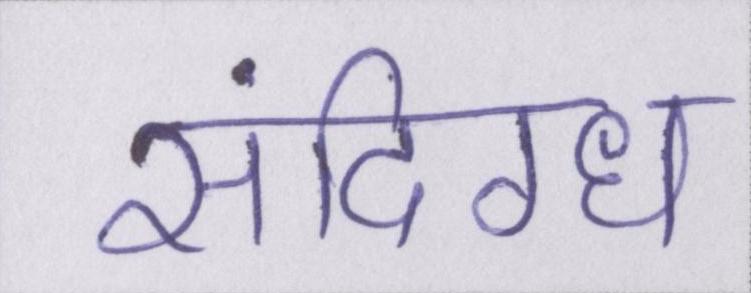
संदिग्ध